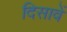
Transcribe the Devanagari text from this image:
दिसावें